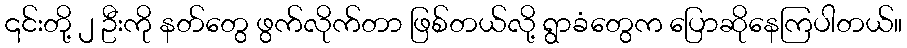
၎င်းတို့ ၂ ဦးကို နတ်တွေ ဖွက်လိုက်တာ ဖြစ်တယ်လို့ ရွာခံတွေက ပြောဆိုနေကြပါတယ်။